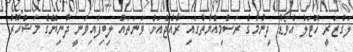
ލަގްޒަރީ ހޮޓަލް އެވޯޑު ދިނުމުގެ ރަސްމިއްޔާތުގައި ރާއްޖެއަށް ވަނަތައް ލިބިފައިވަނީ ދުނިޔޭގެ މަޝްހޫރު